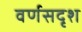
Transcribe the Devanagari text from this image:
वर्णसदृश